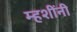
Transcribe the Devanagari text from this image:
म्हशींनी